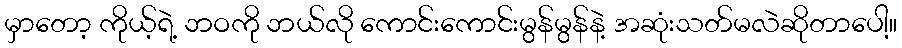
မှာတော့ ကိုယ့်ရဲ့ ဘဝကို ဘယ်လို ကောင်းကောင်းမွန်မွန်နဲ့ အဆုံးသတ်မလဲဆိုတာပေါ့။